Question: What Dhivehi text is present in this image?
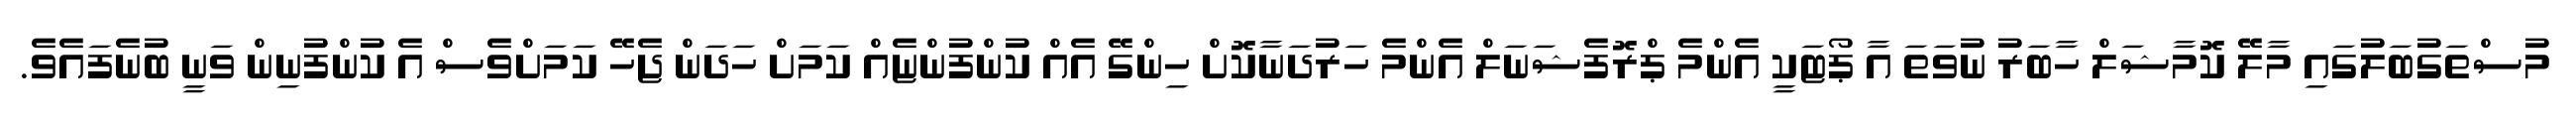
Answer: މުސްތަގުބަލުގައި މާލޭ ކޮމާޝަލް ހާބަރު ނުވަތަ އާ ޕޯޓަކީ އެންމެ ޕްރޮފެޝަނަލް އެންމެ ހަރުދަނާކޮށް ހިންގޭ އެއް ކުންފުންޏެއް ކަމަށް ހަދަން ޖެހޭ ކަމަށްވެސް އެ ކުންފުނިން ވަނީ ބުނެފައެވެ.